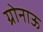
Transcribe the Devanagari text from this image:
ग्रोनाऊ